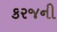
કરજની